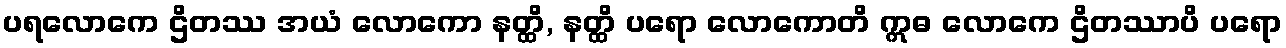
ပရလောကေ ဌိတဿ အယံ လောကော နတ္ထိ, နတ္ထိ ပရော လောကောတိ ဣဓ လောကေ ဌိတဿာပိ ပရော